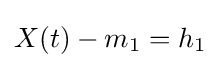
X(t)-m_{1}=h_{1}